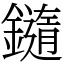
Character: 䥦